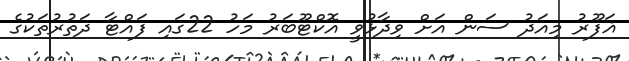
ޣަފޫރު މިއަދު ސަން އަށް ވިދާޅުވީ އޮކްޓޫބަރު މަހު 22ގައި ފައްޓާ ދަތުރުތަކުގެ